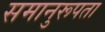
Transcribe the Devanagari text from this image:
समानुरूपता